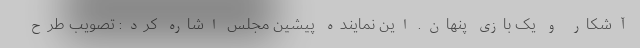
آشکار و یک بازی پنهان. این نماینده پیشین مجلس اشاره کرد: تصویب طرح